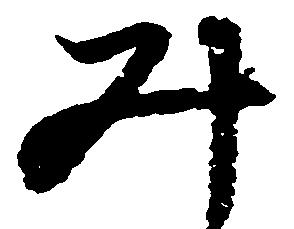
み